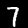
Label: 7